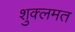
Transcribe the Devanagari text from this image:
शुक्लमत